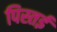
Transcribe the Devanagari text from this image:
पिस्तई